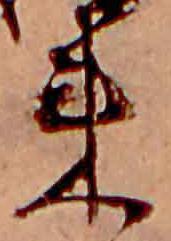
来